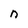
Character: n